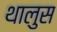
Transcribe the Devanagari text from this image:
थालुस